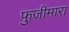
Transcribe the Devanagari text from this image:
फुजीमारा